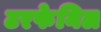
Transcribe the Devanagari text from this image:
टरफेनिल